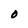
Character: O